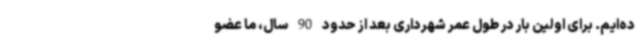
ده‌ایم. برای اولین بار در طول عمر شهرداری بعد از حدود 90 سال، ما عضو